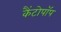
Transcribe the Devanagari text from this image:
कैंटोपॉप